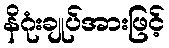
နိဂုံးချုပ်အားဖြင့်